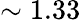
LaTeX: \sim 1.33